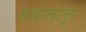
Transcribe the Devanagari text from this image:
शस्त्रास्त्रांतून